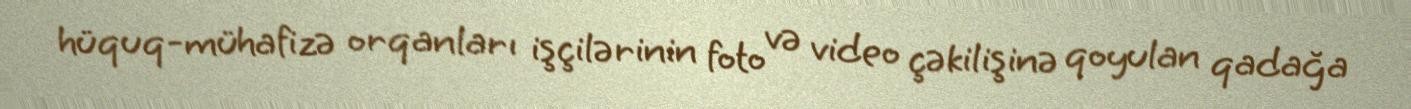
hüquq-mühafizə orqanları işçilərinin foto və video çəkilişinə qoyulan qadağa